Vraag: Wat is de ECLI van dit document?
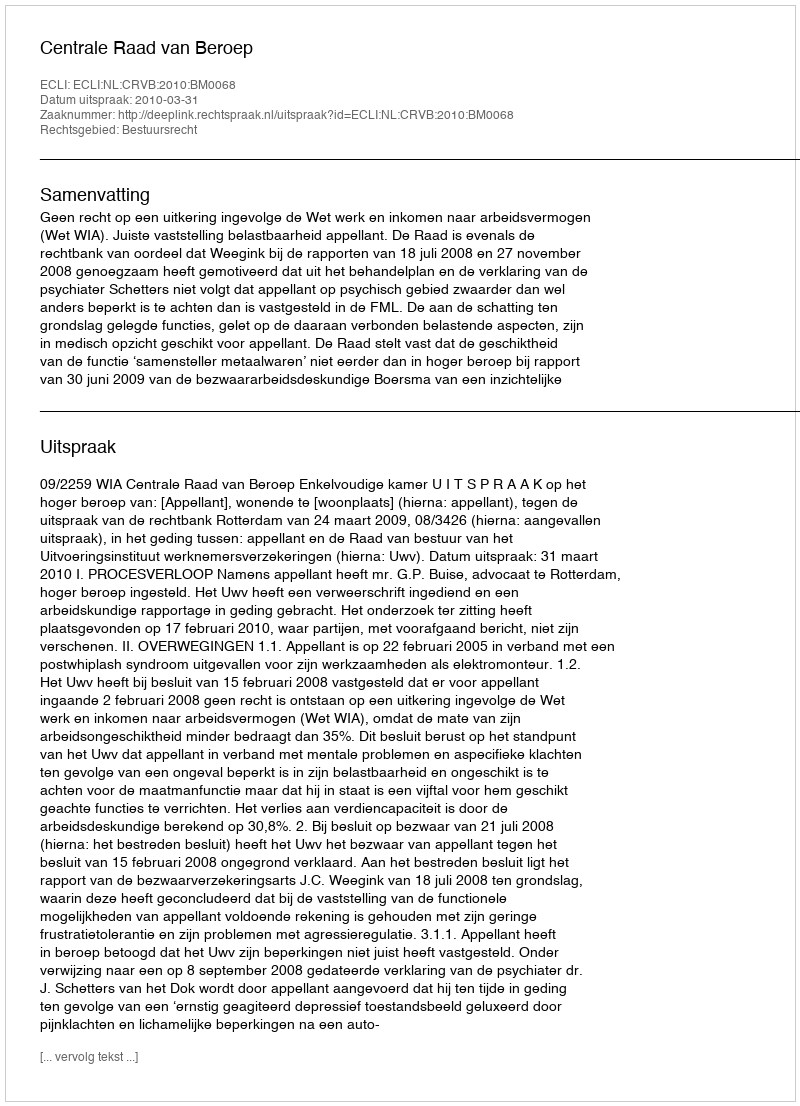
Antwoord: ECLI:NL:CRVB:2010:BM0068